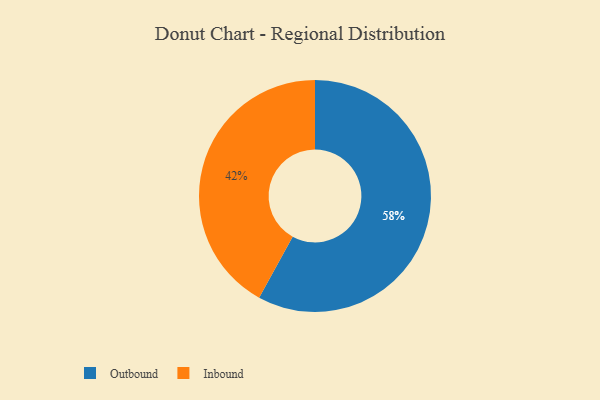
{"axis": {"x": "Category", "y": "Percentage"}, "legend": ["Inbound", "Outbound"], "data": [{"x": "Inbound", "y": 42, "type": "Inbound"}, {"x": "Outbound", "y": 58, "type": "Outbound"}]}